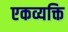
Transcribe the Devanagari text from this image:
एकव्यक्ति